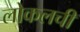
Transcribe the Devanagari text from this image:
लोकलची